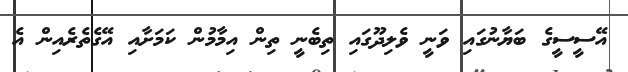
އޭސީސީގެ ބަޔާނުގައި ވަނީ ވެލިދޫގައި ތިބެނީ ތިން އިމާމުން ކަމަށާއި އޭގެތެރެއިން އެ